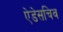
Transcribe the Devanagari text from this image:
ऐडेसचिव